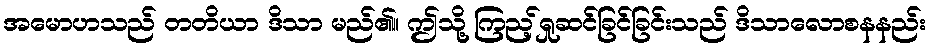
အမောဟသည် တတိယာ ဒိသာ မည်၏။ ဤသို့ ကြည့်ရှုဆင်ခြင်ခြင်းသည် ဒိသာလောစနနည်း